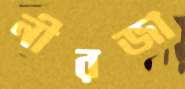
নীরজা